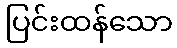
ပြင်းထန်သော